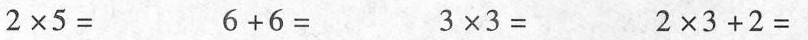
2×5= 6+6= 3×3= 2×3+2=